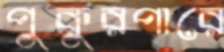
পুকুরপারে